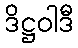
ဒိဋ္ဌဝါဒီ